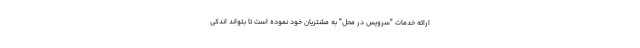
ارائه خدمات "سرویس در محل" به مشتریان خود نموده است تا بتواند اندکی